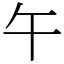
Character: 午